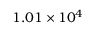
1 . 0 1 \times 1 0 ^ { 4 }